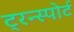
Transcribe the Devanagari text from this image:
ट्रन्स्पोर्ट